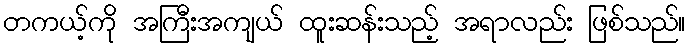
တကယ့်ကို အကြီးအကျယ် ထူးဆန်းသည့် အရာလည်း ဖြစ်သည်။